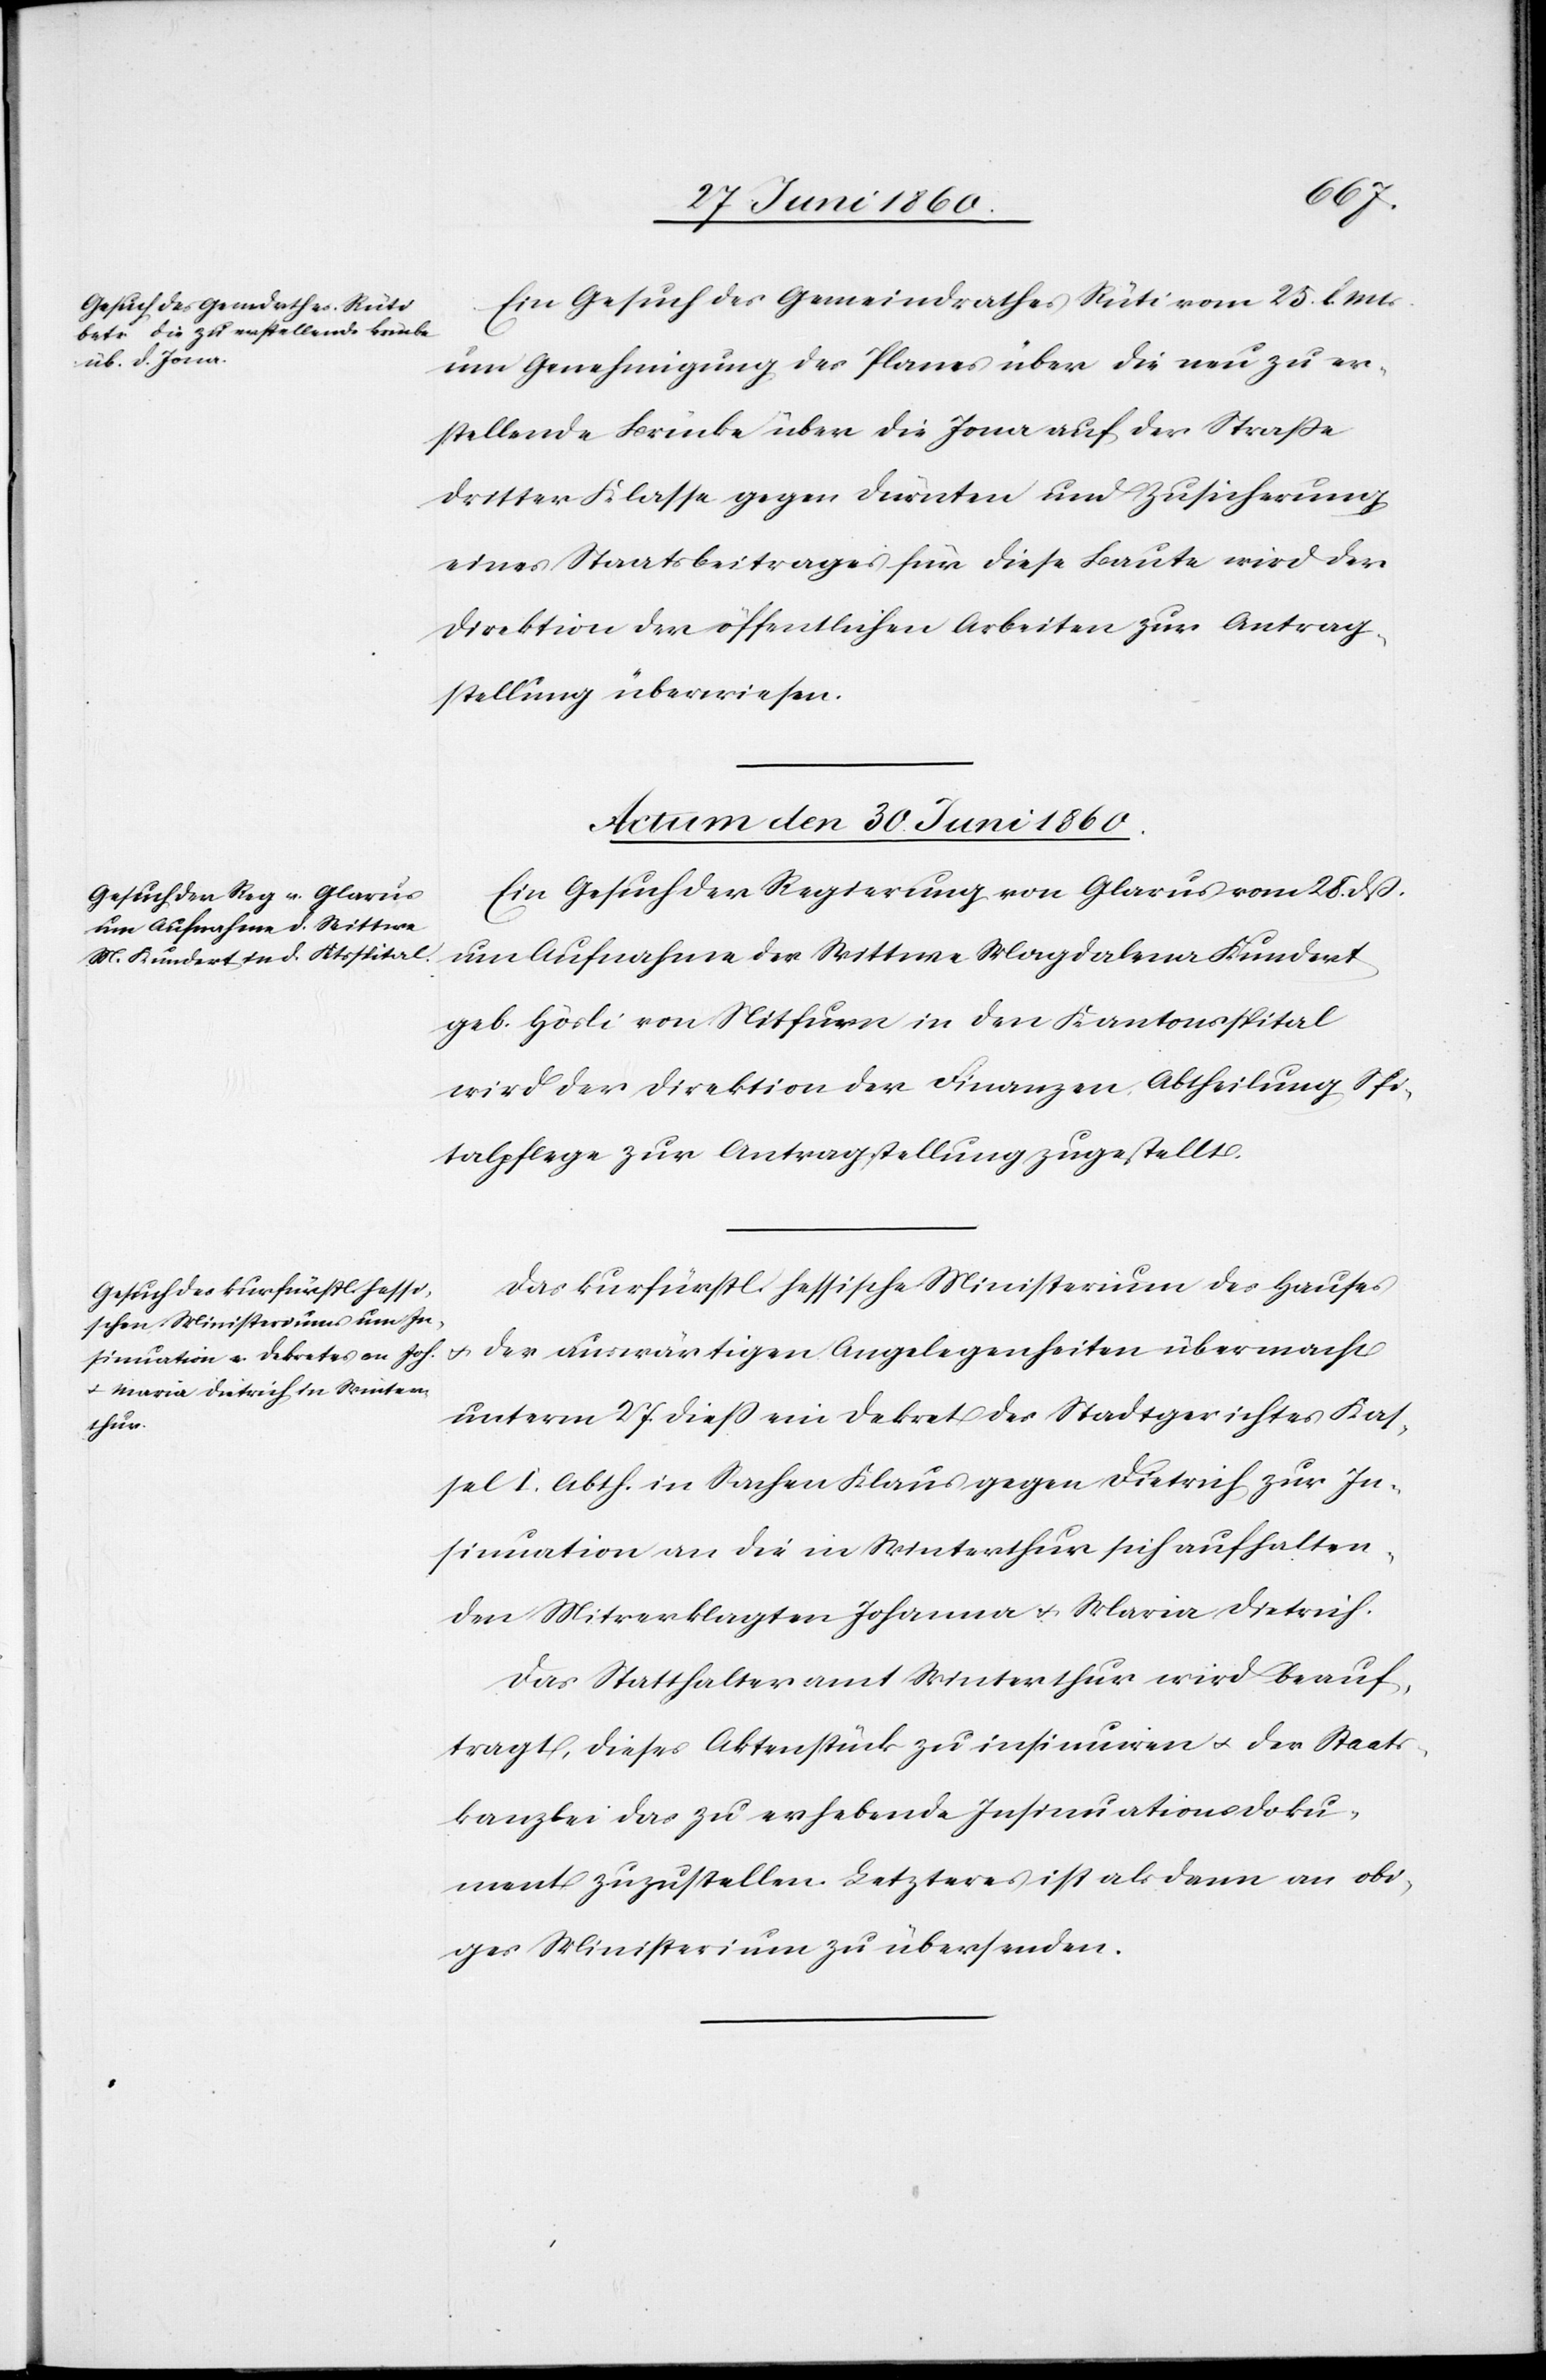
Eine Gesuch des Gemeindrathes Rüti vom 25. l. Mts.
um Genehmigung des Planes über die neu zu er¬
stellende Brücke über die Jona auf der Strasse
dritter Klasse gegen Dürnten und Zusicherung
eines Staatsbeitrages für diese Baute wird der
Direktion der öffentlichen Arbeiten zur Antrag¬
stellung überwiesen.
Actum den 30. Juni 1860.]
Ein Gesuch der Regierung von Glarus vom 28. dß.
um Aufnahme der Wittwe Magdalena Kundert
geb. Hösli von Nitfurn in den Kantonsspital
wird der Direktion der Finanzen Abtheilung Spi¬
talpflege zur Antragstellung zugestellt.
Das kurfürstl. hessische Ministerium des Hauses
u. der auswärtigen Angelegenheiten übermacht
unterm 27. diess ein Dekret des Stadtgerichtes Kas¬
sel I. Abth. in Sachen Klaus gegen Dietrich zur In¬
sinuation an die in Winterthur sich aufhalten¬
den Mitverklagten Johanna u. Maria Dietrich.
Das Statthalteramt Winterthur wird beauf¬
tragt, dieses Aktenstück zu insinuiren u. der Staats¬
kanzlei das zu erhebende Insinuationsdoku¬
ment zuzustellen. Letzteres ist als dann an obi¬
ges Ministerium zu übersenden.